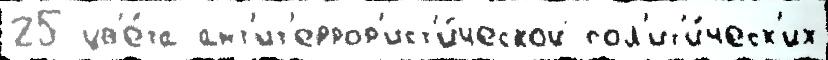
25 цв'е́та ант'ит'еррор'ист'и́ческой пол'ит'и́ческ'их